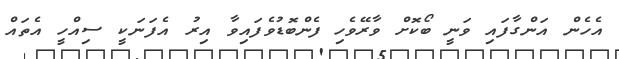
އެހެން އަންގާފައި ވަނީ ބޯކޮށް ވާރޭވެހި ފެންބޮޑުވެފައިވާ އިރު އެފަނަކީ ސިއްހީ އެތައް